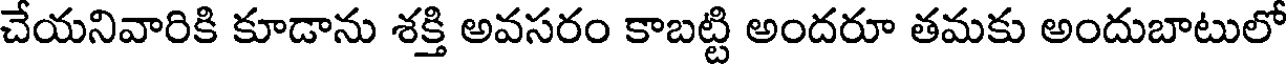
చేయనివారికి కూడాను శక్తి అవసరం కాబట్టి అందరూ తమకు అందుబాటులో